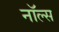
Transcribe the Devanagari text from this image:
नॉल्स